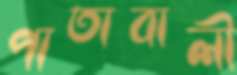
পাতাবালী